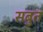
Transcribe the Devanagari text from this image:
सबुत